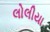
લોલીયા